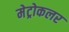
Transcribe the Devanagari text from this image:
मेट्रोकलर